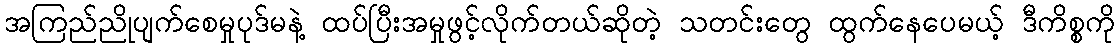
အကြည်ညိုပျက်စေမှုပုဒ်မနဲ့ ထပ်ပြီးအမှုဖွင့်လိုက်တယ်ဆိုတဲ့ သတင်းတွေ ထွက်နေပေမယ့် ဒီကိစ္စကို